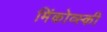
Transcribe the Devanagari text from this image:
मिंकोव्स्की